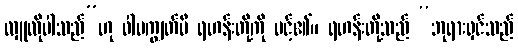
လှူလိုပါသည်”ဟု ဝါမကျွတ်မီ ရဟန်းတို့ကို ပင့်၏။ ရဟန်းတို့သည် “ဘုရားရှင်သည်